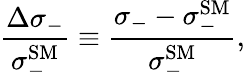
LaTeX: \frac{\Delta\sigma_{-}}{\sigma_{-}^{\mathrm{SM}}}\equiv\frac{\sigma_{-}-\sigma_{-}^{\mathrm{SM}}}{\sigma_{-}^{\mathrm{SM}}},